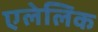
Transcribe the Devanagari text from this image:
एलेलिक